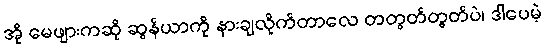
အို မေဖျားကဆို ဆွန်ယာကို နားချလိုက်တာလေ တတွတ်တွတ်ပဲ၊ ဒါပေမဲ့